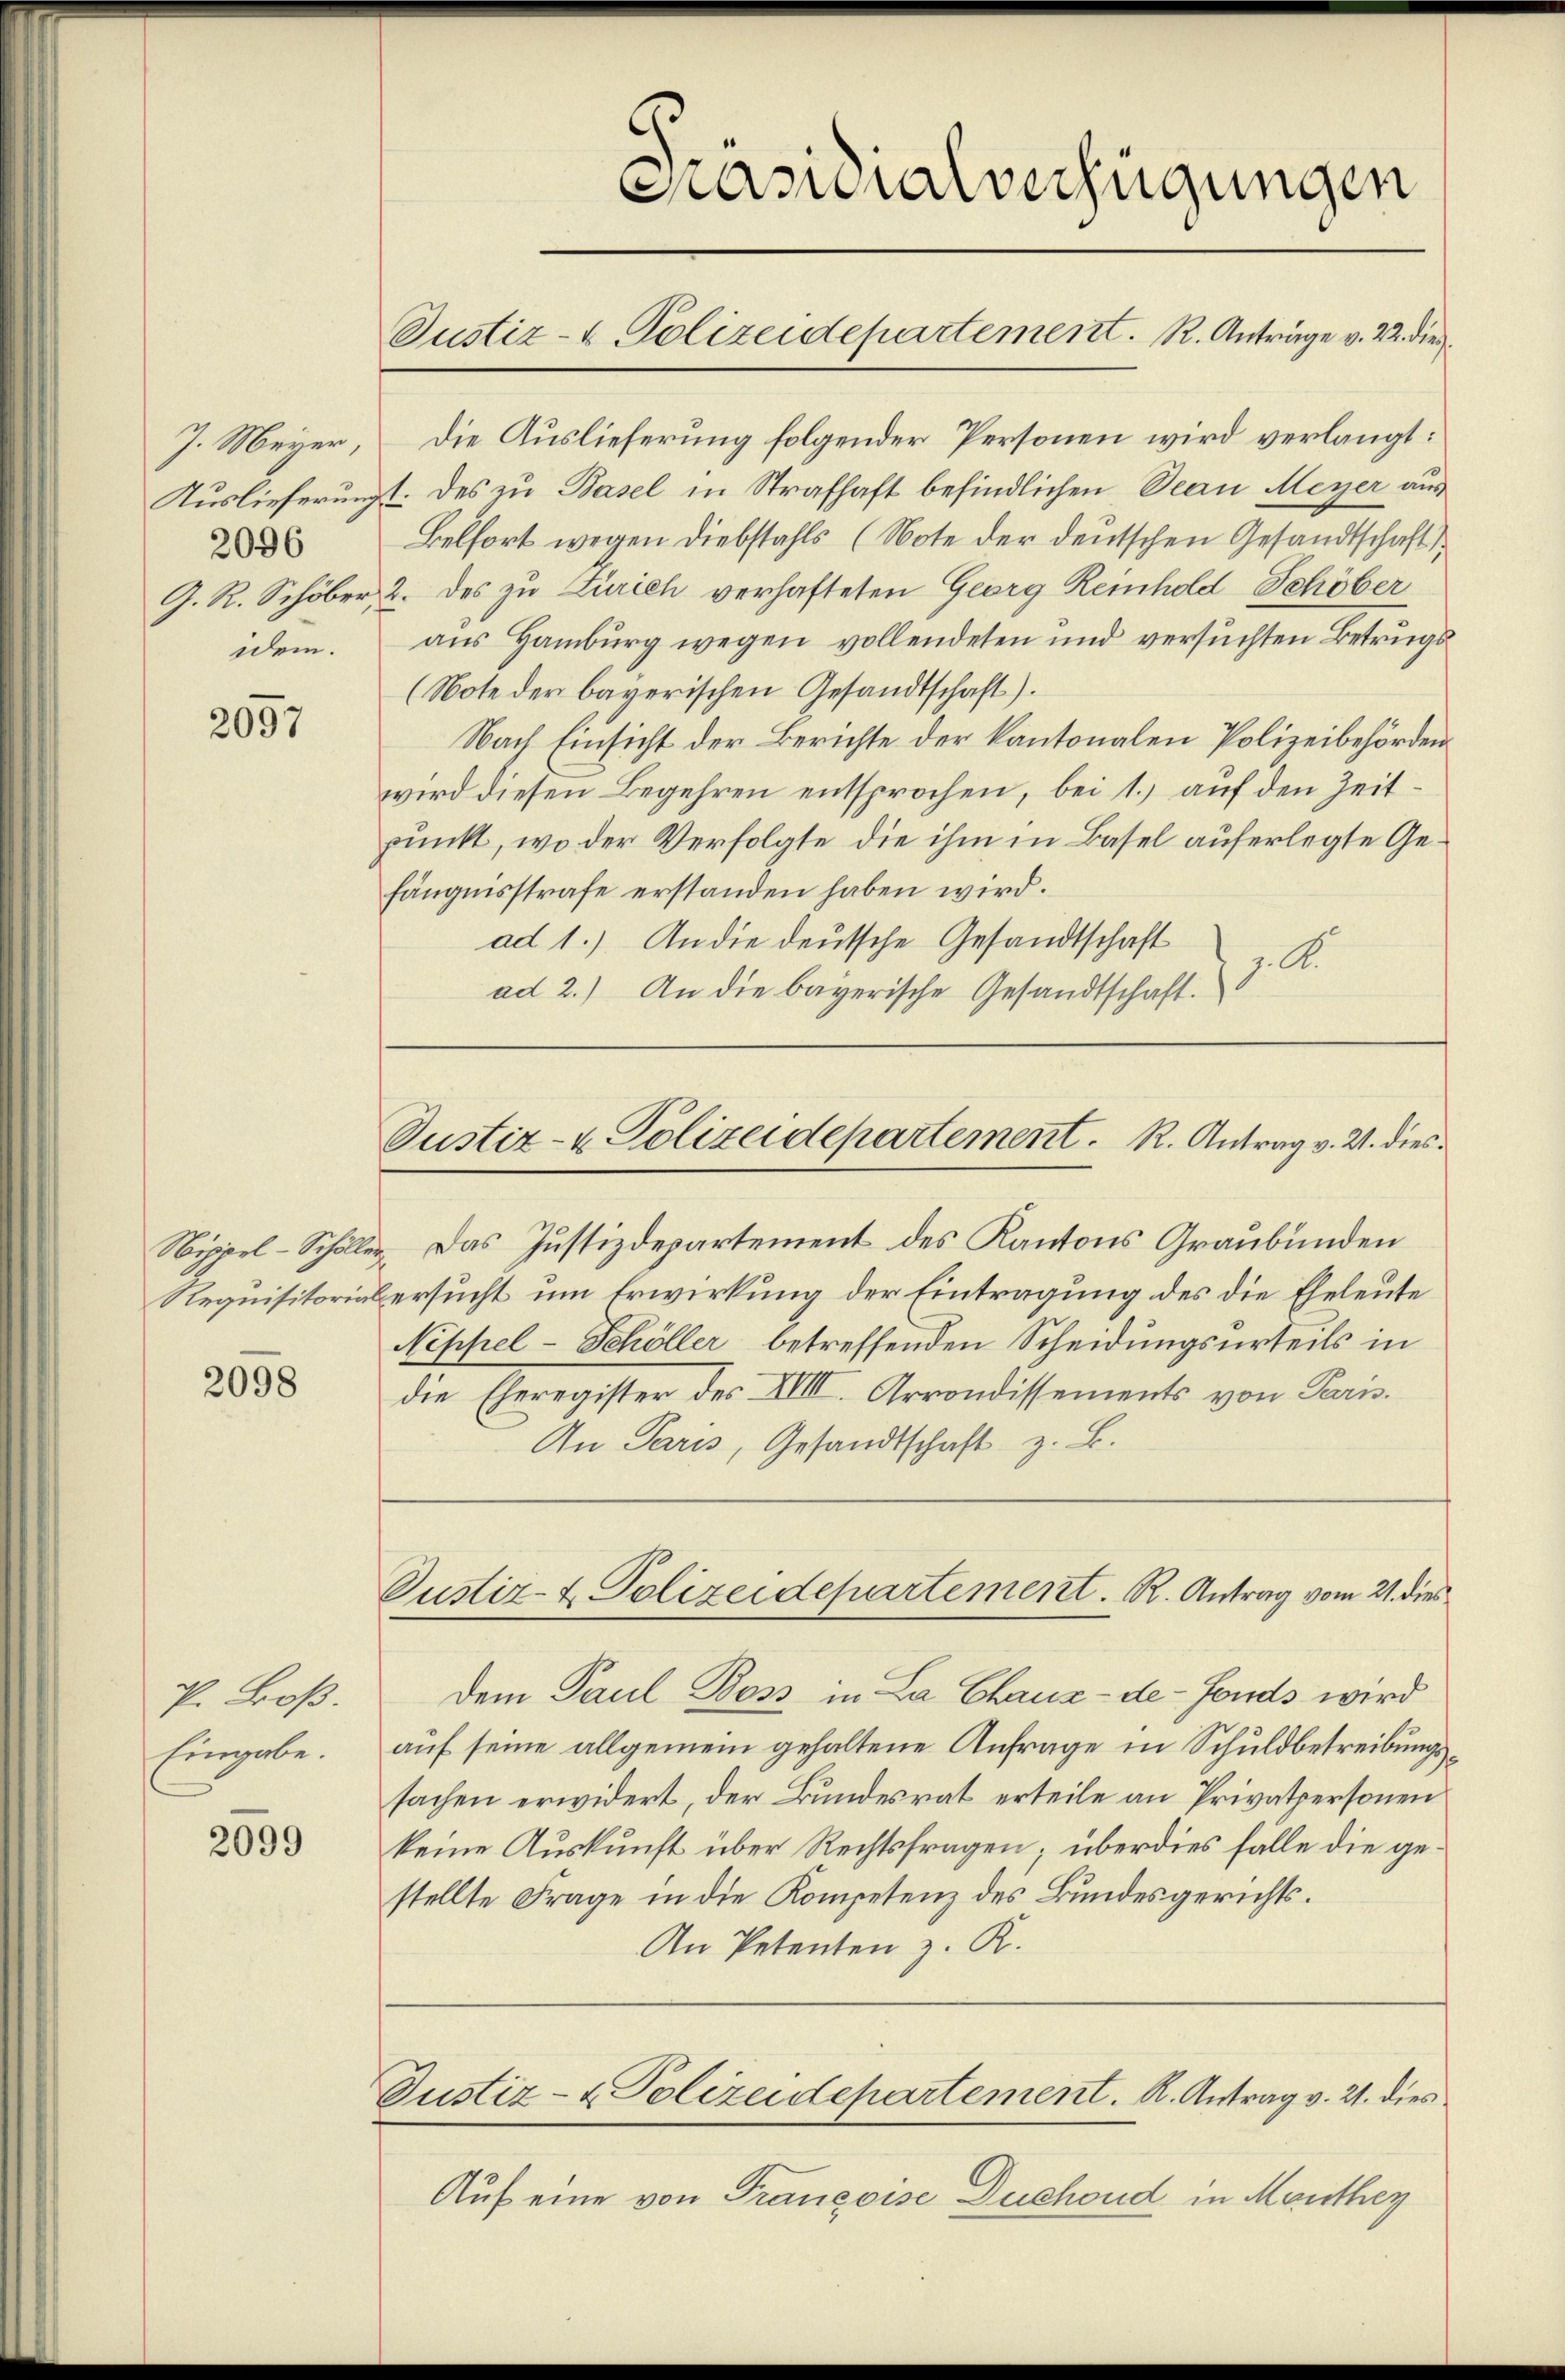
2096
idem.

2057

2098

P. Broß.
Eingabe.

2099

J. Meyer, die Auslieferung folgender Personen wird verlangt:
Auslieferung des zu Basel in Strafhaft befindlichen Beau Meyer aus
Belfort wegen Diebstahls (Note der deutschen Gesandtschaft,
G. R. Schöber, 2. des zu Zürich verhafteten Georg Reinhold Schöber
aus Hamburg wegen vollendeten und versuchten Betrugs
(Note der bayerischen Gesandtschaft).
Nach Einsicht der Berichte der kantonalen Polizeibehörden
wird diesen Begehren entsprochen, bei 1.) auf den Zeitpunkt, wo der Verfolgte die ihm in Basel auferlegte Gefängnisstrafe erstanden haben wird.
ad 1.) An die deutsche Gesandtschaft
j. A.
ad 2.) An die bayerische Gesandtschaft.

Prasialverfügungen

Justiz- & Polizeidepartement. R. Anträge v. 22. die

Justiz- & Polizeidepartement. R. Antrag v. 2. dies¬

Sippel-Schöller. Das Justizdepartement des Kantons Graubünden
Requisitorial ersucht um Erwirkung der Eintragung des die Eheleute
Nippel-Schöller betreffenden Scheidungsurteils in
die Eheregister des XIIII. Arrondissements von Paris.
An Paris, Gesandtschaft z. B.

Custiz- & Polizeidepartement. R. Antrag vom 21. dies

Dem Paul Boss in La Chaux-de-Fonds wird
auf seine allgemein gehaltene Anfrage in Schuldbetreibungssachen erwidert, der Bundesrat erteile an Privatpersonen
keine Auskunft über Rechtsfragen; überdies falle die gestellte Frage in die Kompetenz des Bundesgerichts¬
An Petenten z. R.

Justiz- & Polizeidepartement. K. Antrag v. 21. dies

Auf eine von Françoise Duchoud in Monthey